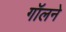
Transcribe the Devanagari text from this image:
गॉलने